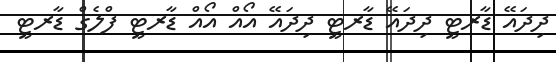
ދިދައޭ ޑާރޓީ ދިދައޭ ޑާރޓީ ދިދައޭ އޯއް އޯއް ޑާރޓީ ފްލެގް ޑާރޓީ